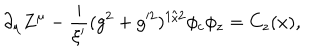
\partial _ { \mu } Z ^ { \mu } - \frac { i } { \xi ^ { \prime } } ( g ^ { 2 } + g ^ { 2 } ) ^ { 1 / 2 } \phi _ { c } \phi _ { z } = C _ { z } ( x ) ,